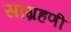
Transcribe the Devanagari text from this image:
सांग्रहणी